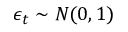
\boldsymbol { \epsilon } _ { t } \sim N ( 0 , 1 )